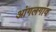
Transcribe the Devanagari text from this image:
आंगलगांव